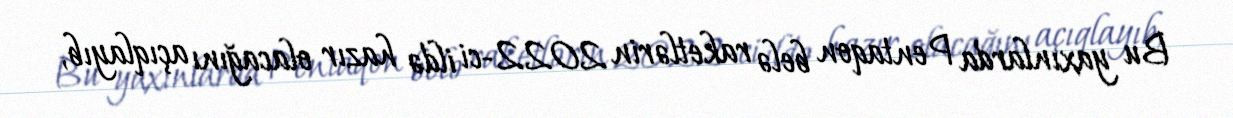
Bu yaxınlarda Pentaqon belə raketlərin 2022-ci ildə hazır olacağını açıqlayıb,